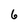
Character: 6